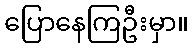
ပြောနေကြဦးမှာ။